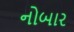
નોબાર